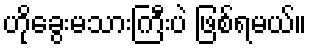
ဟိုခွေးမသားကြီးပဲ ဖြစ်ရမယ်။